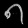
Digit: ၈